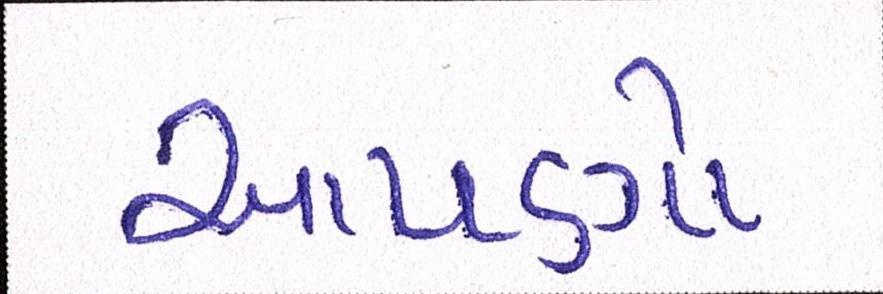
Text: આપણો